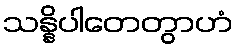
သန္နိပါတေတွာဟံ